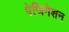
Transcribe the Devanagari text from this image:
पेजिनेशन